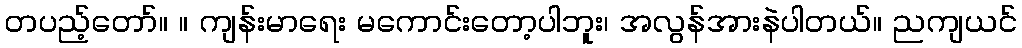
တပည့်တော်။ ။ ကျန်းမာရေး မကောင်းတော့ပါဘူး၊ အလွန်အားနဲပါတယ်။ ညကျယင်